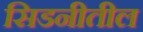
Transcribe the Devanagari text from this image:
सिडनीतील